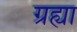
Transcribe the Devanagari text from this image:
ग्रह्या